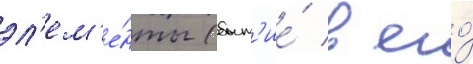
эл'ем'е́нты (быт'ие́ в его́